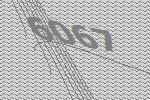
6067